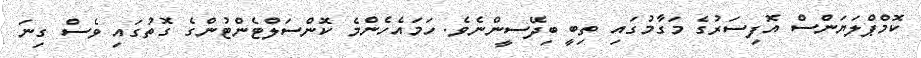
ކޮމްޕްލަޔަންސް އޮފިސަރުގެ މަގާމުގައި ތިބީ ބިދޭސީންނެވެ. ހަމައެހެންމެ ކޮންސަލްޓެންޓުންގެ ގޮތުގައި ވެސް ގިނަ